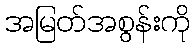
အမြတ်အစွန်းကို